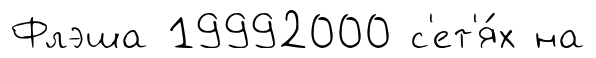
Флэша 19992000 с'ет'я́х на